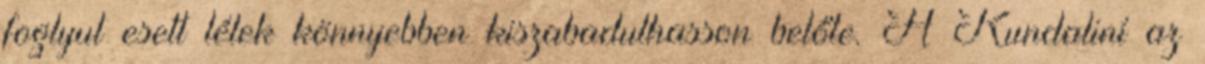
foglyul esett lélek könnyebben kiszabadulhasson belőle. A Kundaliní az